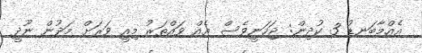
އެއްމާބަނޑު 3 ކުދިން: ޖަހަނީވެސް އެއް ވައްތަރު މިއީ ވަރަށް މަދުން ނޫދީ